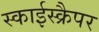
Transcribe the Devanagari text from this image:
स्काईस्क्रैपर